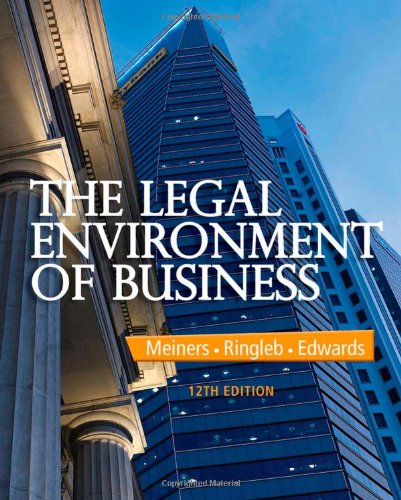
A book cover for The Legal Environment of Business; Roger E. Meiners; Law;